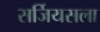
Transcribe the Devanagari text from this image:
सर्जियसला